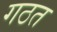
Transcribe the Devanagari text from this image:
गठत